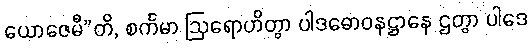
ယောဇေမီ”တိ, စင်္ကမာ ဩရောဟိတွာ ပါဒဓောဝနဋ္ဌာနေ ဌတွာ ပါဒေ